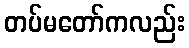
တပ်မတော်ကလည်း